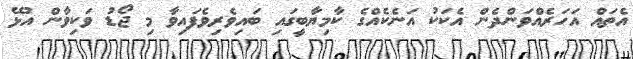
އެތައް އަހަރެއްވަންދެން އެކަކު އަނެކެއްގެ ކާމިޔާބީގައި ބައިވެރިވެފައިވާ މި ޖޯޑު ވަކިވާން އުޅޭ